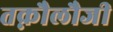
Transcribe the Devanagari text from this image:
तक्नौलौजी